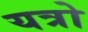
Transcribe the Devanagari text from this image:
यत्रो